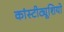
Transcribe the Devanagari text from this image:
कांस्टीट्यूशियो